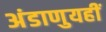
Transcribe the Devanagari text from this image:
अंडाणुयहीं